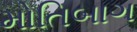
મોતિબાગ